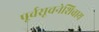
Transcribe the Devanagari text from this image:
पूर्वसूचनेशिवाय